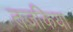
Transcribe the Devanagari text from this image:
तजकिया